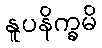
နူပနိက္ခမိ